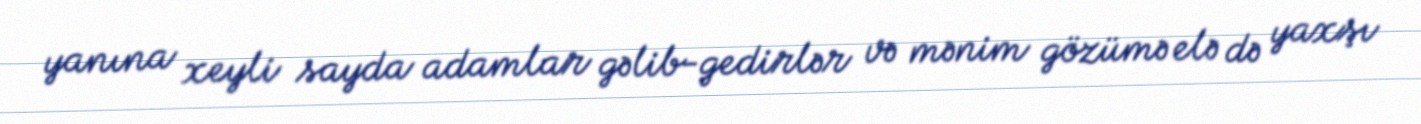
yanına xeyli sayda adamlar gəlib-gedirlər və mənim gözümə elə də yaxşı